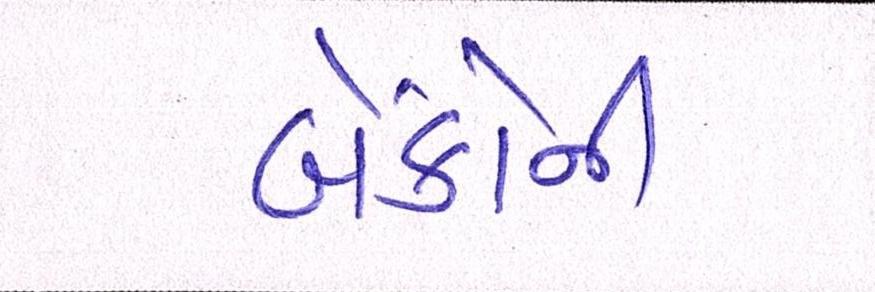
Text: બેંકોની